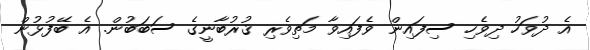
އެ ދުވަހު ދިވެހި ސިފައިން ވެފައިވާ މަތިވެރި ޤުރުބާނީގެ ސަބަބުން. އެ ބޭފުޅުން